Leaving Certificate Examination, 1914
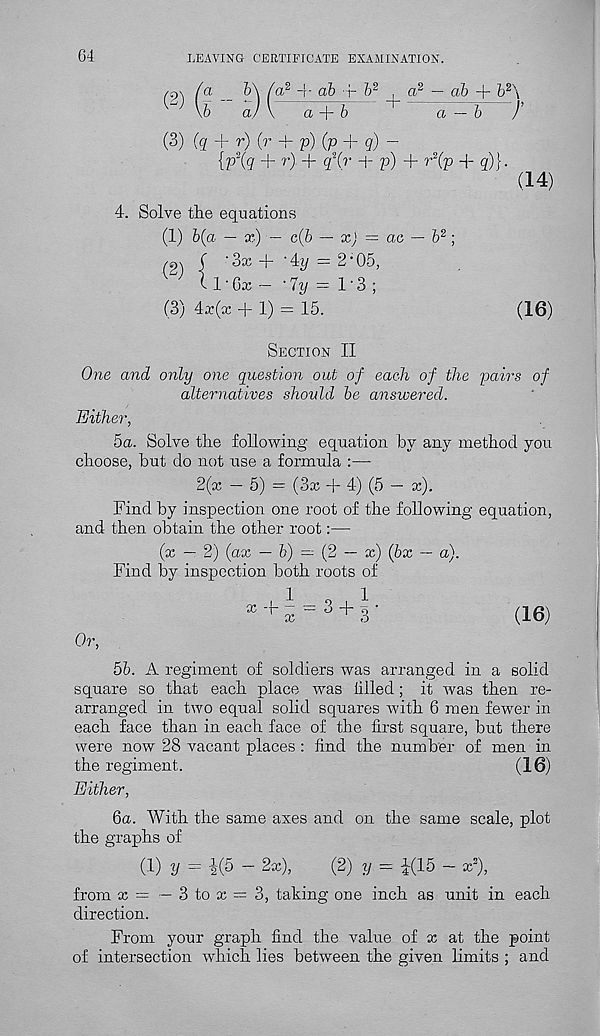
64
LEAVING CERTIFICATE EXAMINATION.
f a — b\ fa 2
ab f b 2 , a 2 — ab + b 2 \
\6
a/ \
a + 6
a — b
)’
(3) (q + r) (r + p) (p + q) -
{p\q + r) + q\r + p) + r 2 (p + g)}.
(14)
4. Solve the equations
(1) b(a — x) — c(6 — xj = ae — 6 2 ;
/gx ( 'Sx + -4?/ = 2-05,
^ 1 1-Cx - -ly = 1-3 ;
(3) 4x(x + 1) = 15.
(16)
Section II
One and only one question out of each of the pairs of
alternatives shovld be answered.
Either,
5a. Solve the following equation by any method you
choose, but do not use a formula :—
2(x — 5) = (3x + 4) (5 — x).
Find by inspection one root of the following equation,
and then obtain the other root:—
(x — 2) (ax — &) = (2 — x) (bx — a).
Find by inspection both roots of
, 1
o
1
x _r i = ° + 3 '
(16)
Or,
5b. A regiment of soldiers was arranged in a solid
square so that each place was lilled; it was then re-
arranged in two equal solid squares with 6 men fewer in
each face than in each face of the first square, but there
were now 28 vacant places : find the number of men in
the regiment.
(16)
Either,
6a. With the same axes and on the same scale, plot
the graphs of
(1) y = 4(5 - 2x),
(2) y = 4(15 - x 2 ),
from x
— 3 to x = 3, taking one inch as unit in each
direction.
From your graph find the value of x at the point
of intersection which lies between the given limits ; and